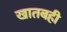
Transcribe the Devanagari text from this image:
खातबही